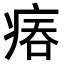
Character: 𤶕